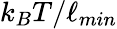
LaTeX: k_{B}T/\ell_{min}